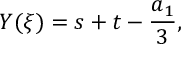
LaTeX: { \cal { Y } } ( \xi ) = s + t - \frac { a _ { 1 } } { 3 } ,